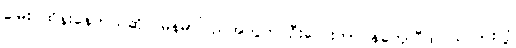
မြေးပဲထိန်းနေတယ်ဆို၊ မြန်မာပြည်အတွက် ဦးလေးတာဝန်ကျေပြီထင်သလားလို့